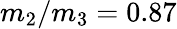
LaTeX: m_{2}/m_{3}=0.87